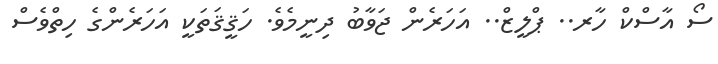
ސޯ އާސްކް ހާރ.. ޕްލީޒް.. އަހަރެން ޖަވާބު ދިނީމެވެ. ހަޤީޤަތަކީ އަހަރެންގެ ހިތްވެސް